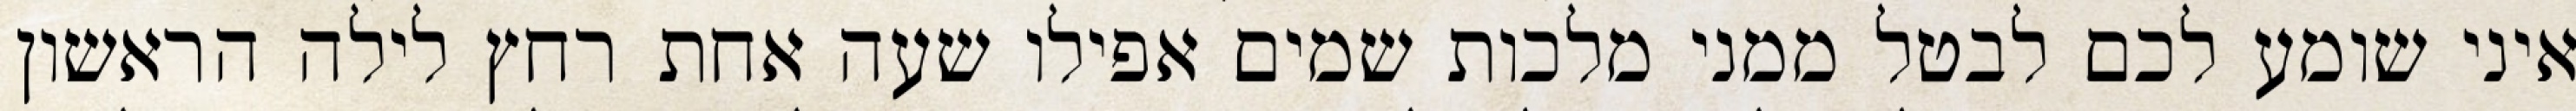
איני שומע לכם לבטל ממני מלכות שמים אפילו שעה אחת רחץ לילה הראשון